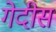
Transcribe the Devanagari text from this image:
गेदीस